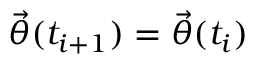
\ensuremath { \vec { \theta } } ( t _ { i + 1 } ) = \ensuremath { \vec { \theta } } ( t _ { i } )